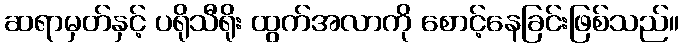
ဆရာမှတ်နှင့် ပရိုသီရိုး ထွက်အလာကို စောင့်နေခြင်းဖြစ်သည်။